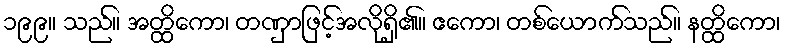
၁၉၉။ သည်။ အတ္ထိကော၊ တဏှာဖြင့်အလိုရှိ၏။ ဧကော၊ တစ်ယောက်သည်။ နတ္ထိကော၊